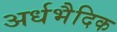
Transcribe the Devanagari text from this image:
अर्धभैदिक